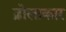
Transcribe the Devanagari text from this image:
ढ़ोलाकार